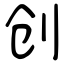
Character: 创